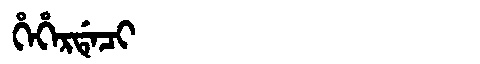
Manchu: ᡥᡝᡥᡝᡵᡩᡝᠴᡳ
Romanization: HEHERDECI